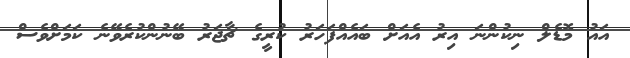
އައު މޮޑެލް ނިކުންނަ އިރު އެއަށް ބައެއްފަހަރު ކުރީގެ ޗާޖަރު ބޭނުންކުރެވޭނެ ކަމަށްވެސް